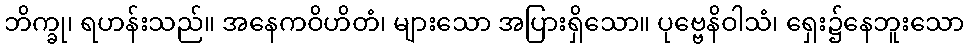
ဘိက္ခု၊ ရဟန်းသည်။ အနေကဝိဟိတံ၊ များသော အပြားရှိသော။ ပုဗ္ဗေနိဝါသံ၊ ရှေး၌နေဘူးသော